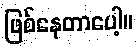
ဖြစ်နေတာပေါ့။